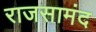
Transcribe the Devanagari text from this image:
राजसामंद